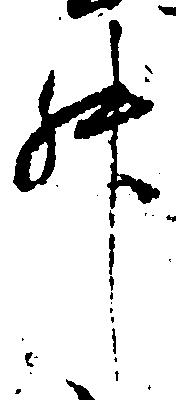
升